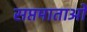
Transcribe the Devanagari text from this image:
सप्तमाताओं